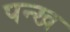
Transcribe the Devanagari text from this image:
पन्ख